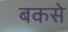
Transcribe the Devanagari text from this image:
बकसे